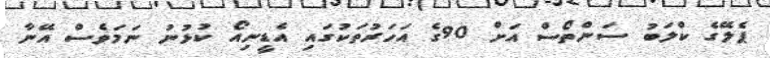
ޕެލޭގެ ކްލަބު ސަންތޯސް އަށް 90ގެ އަހަރުތަކުގައި އެޑީނިއޯ ކުޅުނު ނަމަވެސް އޭނާ